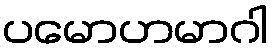
ပမောဟမာဂါ